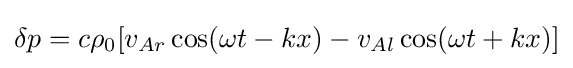
\delta p=c\rho _{0}[v_{Ar}\cos(\omega t-kx)-v_{Al}\cos(\omega t+kx)]